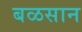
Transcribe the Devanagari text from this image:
बळसान